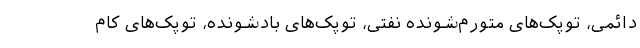
دائمی، توپک‌های متورم‌شونده نفتی، توپک‌های بادشونده، توپک‌های کام